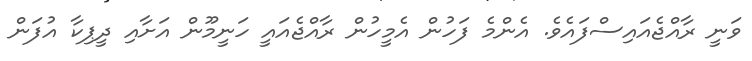
ވަނީ ރާއްޖެއައިސްފައެވެ. އެންމެ ފަހުން އެމީހުން ރާއްޖެއައީ ހަނީމޫން އަށާއި ދީޕިކާ އުފަން